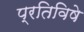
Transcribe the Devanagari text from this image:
प्रतिविषे